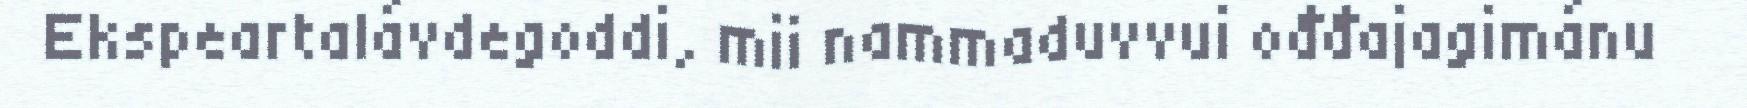
Ekspeartalávdegoddi, mii nammaduvvui ođđajagimánu